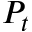
P _ { t }